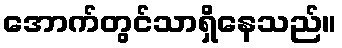
အောက်တွင်သာရှိနေသည်။